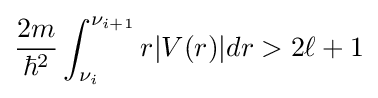
{\frac {2m}{\hbar ^{2}}}\int _{\nu _{i}}^{\nu _{i+1}}r|V(r)|dr>2\ell +1